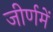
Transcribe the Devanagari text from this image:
जीर्णमें